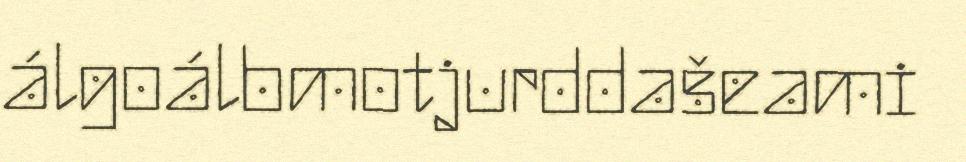
álgoálbmotjurddašeami